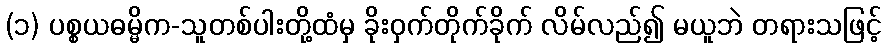
(၁) ပစ္စယဓမ္မိက-သူတစ်ပါးတို့ထံမှ ခိုးဝှက်တိုက်ခိုက် လိမ်လည်၍ မယူဘဲ တရားသဖြင့်